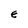
Character: E